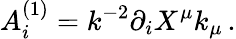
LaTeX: A_{i}^{(1)}=k^{-2}\partial_{i}X^{\mu}k_{\mu}\, .